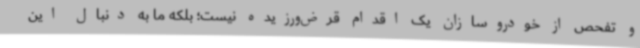
و تفحص از خودروسازان یک اقدام قرض‌ورزیده نیست؛ بلکه ما به دنبال این